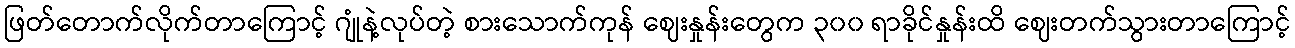
ဖြတ်တောက်လိုက်တာကြောင့် ဂျုံနဲ့လုပ်တဲ့ စားသောက်ကုန် ဈေးနှုန်းတွေက ၃၀၀ ရာခိုင်နှုန်းထိ ဈေးတက်သွားတာကြောင့်